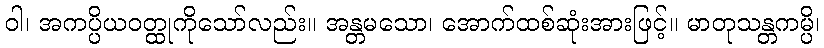
ဝါ၊ အကပ္ပိယဝတ္ထုကိုသော်လည်း။ အန္တမသော၊ အောက်ထစ်ဆုံးအားဖြင့်။ မာတုသန္တကမ္ပိ၊